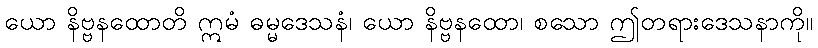
ယော နိဗ္ဗနထောတိ ဣမံ ဓမ္မဒေသနံ၊ ယော နိဗ္ဗနထော၊ စသော ဤတရားဒေသနာကို။